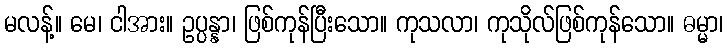
မလန့်။ မေ၊ ငါအား။ ဥပ္ပန္နာ၊ ဖြစ်ကုန်ပြီးသော။ ကုသလာ၊ ကုသိုလ်ဖြစ်ကုန်သော။ ဓမ္မာ၊